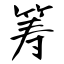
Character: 筹